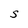
Character: S